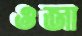
ওজা